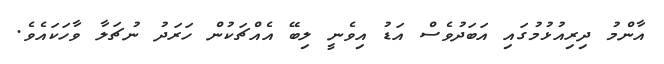
އާންމު ދިރިއުޅުމުގައި އަބަދުވެސް އަޑު އިވެނީ ލިބޭ އެއްޗަކުން ހަރަދު ނުޗަލާ ވާހަކައެވެ.